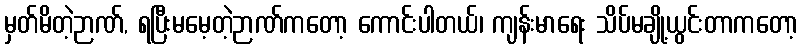
မှတ်မိတဲ့ဉာဏ်, ရပြီးမမေ့တဲ့ဉာဏ်ကတော့ ကောင်းပါတယ်၊ ကျန်းမာရေး သိပ်မချို့ယွင်းတာကတော့